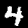
Label: 4